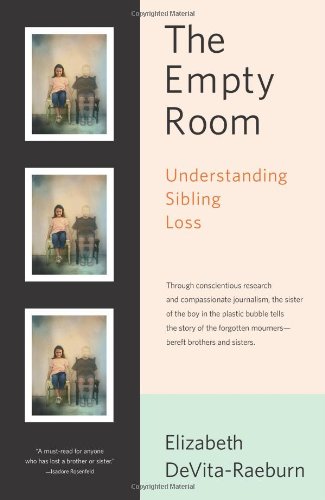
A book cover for The Empty Room: Understanding Sibling Loss; Elizabeth DeVita-Raeburn; Parenting & Relationships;